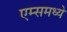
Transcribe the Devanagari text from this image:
एम्समध्ये